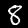
Label: 8